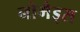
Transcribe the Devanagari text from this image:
नोमैड्स